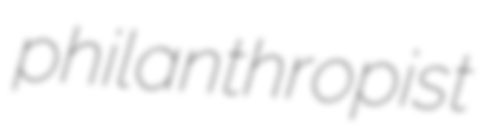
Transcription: philanthropist